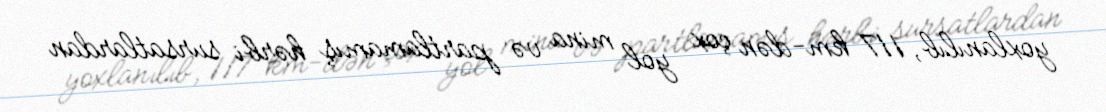
yoxlanılıb, 117 km-dən çox yol mina və partlamamış hərbi sursatlardan